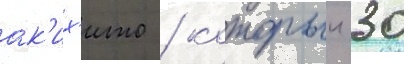
ак'их'ито / которыи 30